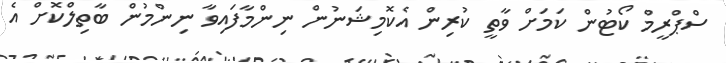
ސްޕްރީމް ކޯޓުން ކަމަށް ވާތީ ކުރިން އެކޮމިޝަނުން ނިންމާފައިވާ ނިންމުން ބާތިލްކޮށް އެ